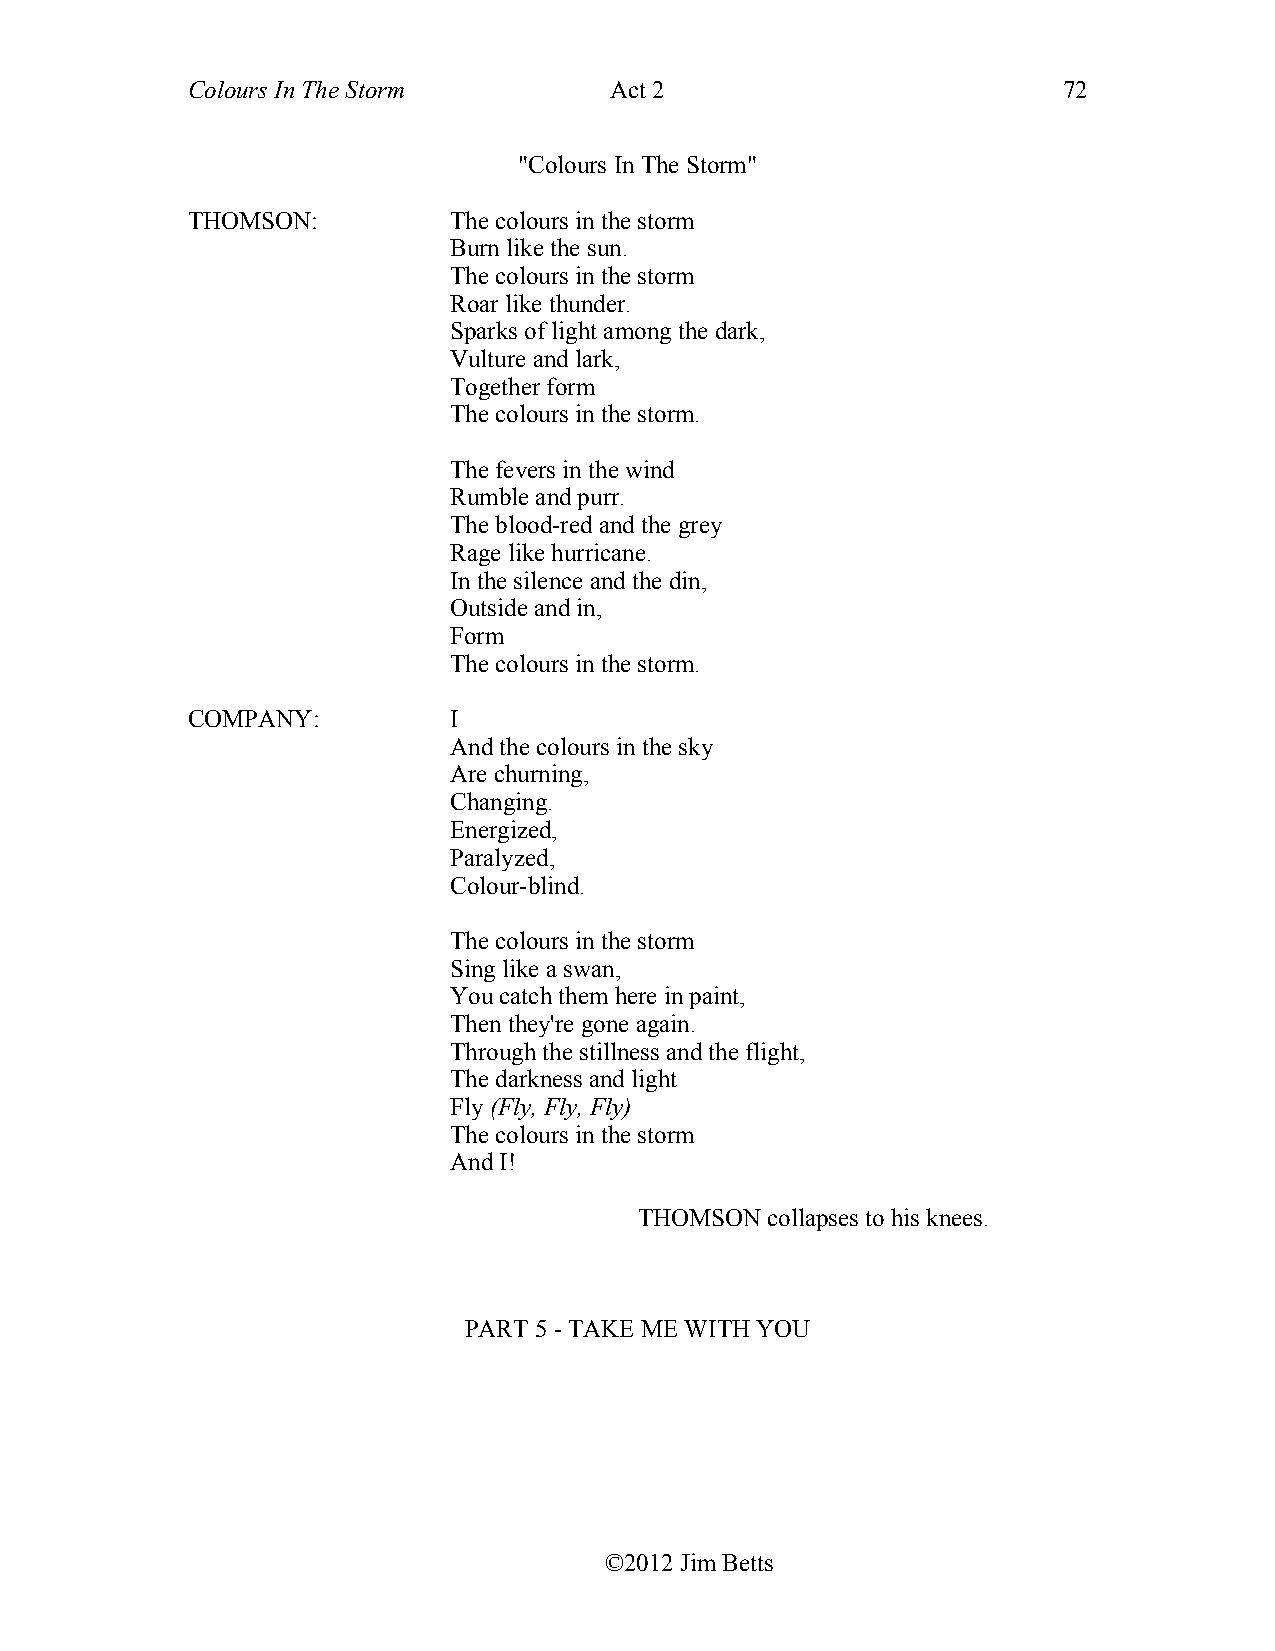
Colours In The Storm        Act 2                         72
 "Colours In The Storm"
 THOMSON:          The colours in the storm
 Burn like the sun.
 The colours in the storm
 Roar like thunder.
 Sparks of light among the dark,
 Vulture and lark,
 Together form
 The colours in the storm.
 The fevers in the wind
 Rumble and purr.
 The blood-red and the grey
 Rage like hurricane.
 In the silence and the din,
 Outside and in,
 Form
 The colours in the storm.
 COMPANY:          I
 And the colours in the sky
 Are churning,
 Changing.
 Energized,
 Paralyzed,
 Colour-blind.
 The colours in the storm
 Sing like a swan,
 You catch them here in paint,
 Then they're gone again.
 Through the stillness and the flight,
 The darkness and light
 Fly (Fly, Fly, Fly)
 The colours in the storm
 And I!
 THOMSON  collapses to his knees.
 PART 5 - TAKE ME WITH YOU
 ©2012 Jim Betts